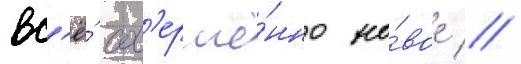
вс'ё́ сов'ерше́нно но́вое //